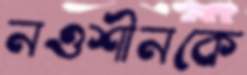
নওশীনকে